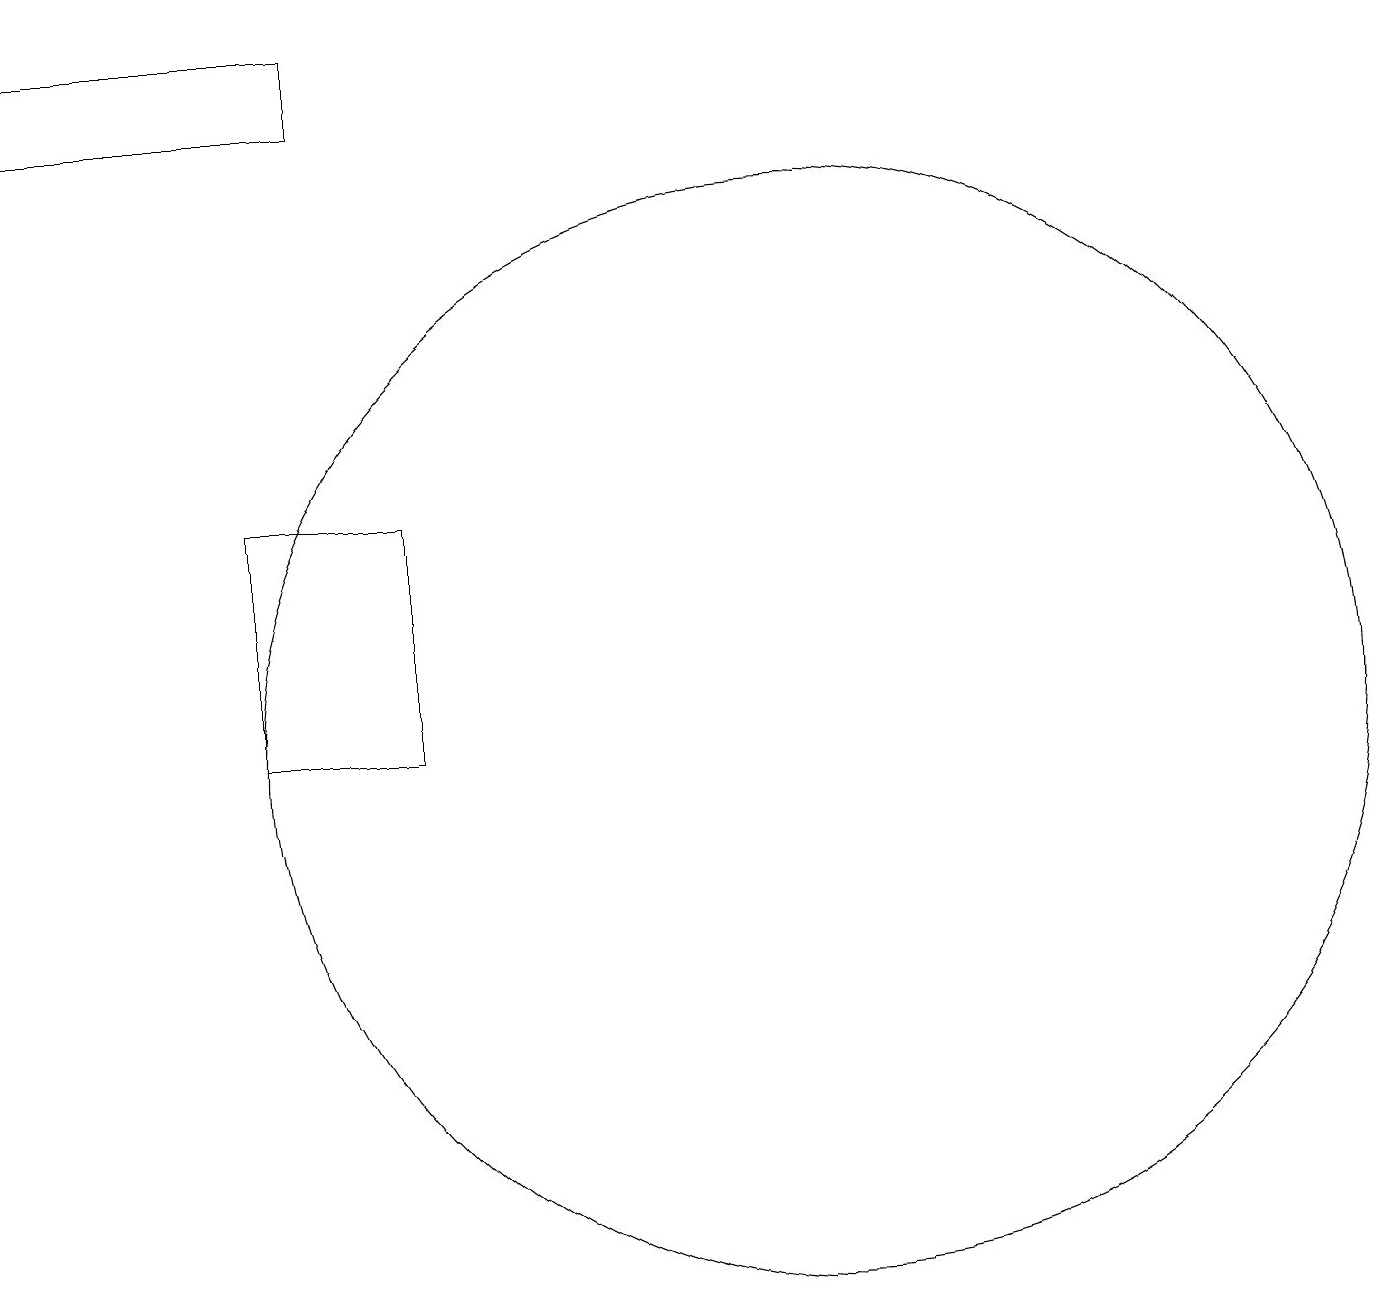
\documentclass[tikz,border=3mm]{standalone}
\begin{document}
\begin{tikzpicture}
\draw (10,10) circle (7);
\draw (0,18) rectangle (4,19);
\draw (5,13) rectangle (3,10);
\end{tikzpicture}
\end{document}